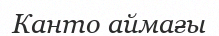
Канто аймағы